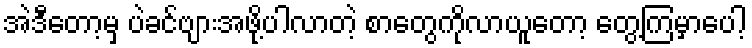
အဲဒီတော့မှ ပဲခင်ဗျားအဖို့ပါလာတဲ့ စာတွေကိုလာယူတော့ တွေ့ကြမှာပေါ့